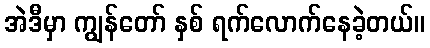
အဲဒီမှာ ကျွန်တော် နှစ် ရက်လောက်နေခဲ့တယ်။